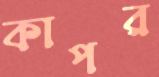
কাপর